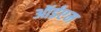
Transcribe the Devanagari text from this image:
ऑईएम